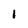
Character: I